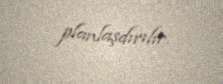
planlaşdırılır.